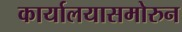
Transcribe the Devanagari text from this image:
कार्यालयासमोरुन